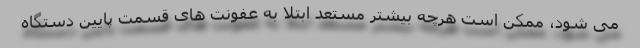
می شود، ممکن است هرچه بیشتر مستعد ابتلا به عفونت های قسمت پایین دستگاه